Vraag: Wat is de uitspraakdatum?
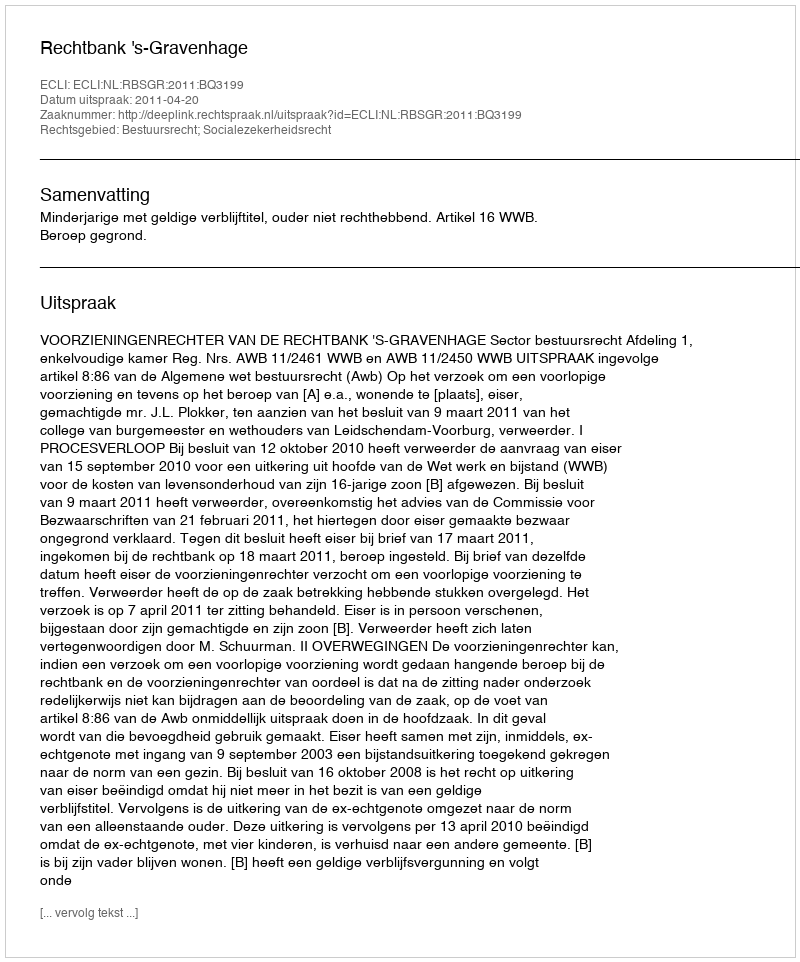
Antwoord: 2011-04-20